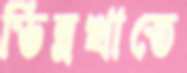
ভিন্নখাতে